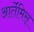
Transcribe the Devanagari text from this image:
आर्तेमिस्